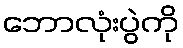
ဘောလုံးပွဲကို